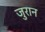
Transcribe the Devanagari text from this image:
जुरान